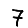
Digit: 7